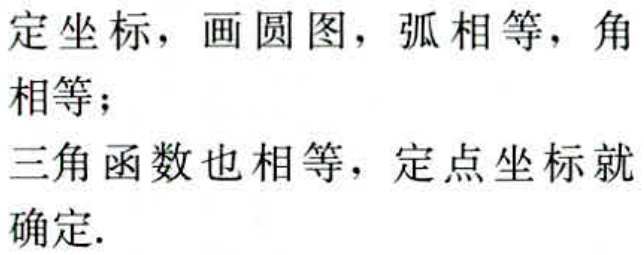
定坐标，画圆图，弧相等，角相等；
三角函数也相等，定点坐标就确定.